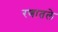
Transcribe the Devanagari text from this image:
रणातले